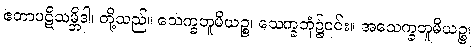
ဧတာပဋိသမ္ဘိဒါ၊ တို့သည်။ သေက္ခဘူမိယဉ္စ၊ သေက္ခဘုံ၌၎င်း။ အသေက္ခဘူမိယဉ္စ၊